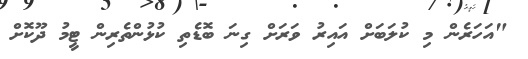
"އަހަރެން މި ކުލަބަށް އައިރު ވަރަށް ގިނަ ބޮޑެތި ކުޅުންތެރިން ޓީމު ދޫކޮށް